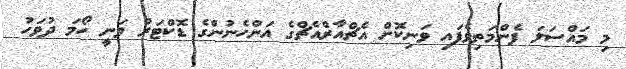
މި މައްސަލަ ފެންމަތިވެފައި ވަނިކޮށް އެޗްއާރްއެޗްގެ އަންހެނުންގެ ޑޮކްޓަރު ވަނީ ހޯމަ ދުވަހު